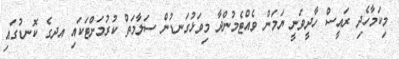
މިކަމާހެދި ރައީސް ހާދީވަނީ ޔަމަން ވެއްޓެމުންދާ މިވަޅުގަނޑުން ސަލާމަތް ކުރުމަށްޓަކައި އދގެ ކޮނޑުގައި